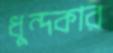
ধুন্দকার